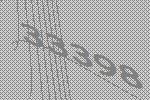
33398